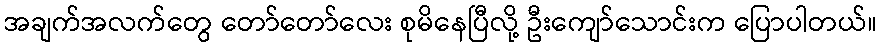
အချက်အလက်တွေ တော်တော်လေး စုမိနေပြီလို့ ဦးကျော်သောင်းက ပြောပါတယ်။